Bréfritari: Klemens Jónsson
Viðtakandi: Jón Borgfirðings Jónsson
Dagsetning: A-1859-07-17
Skrifað á: Hálsi  S-Þing.

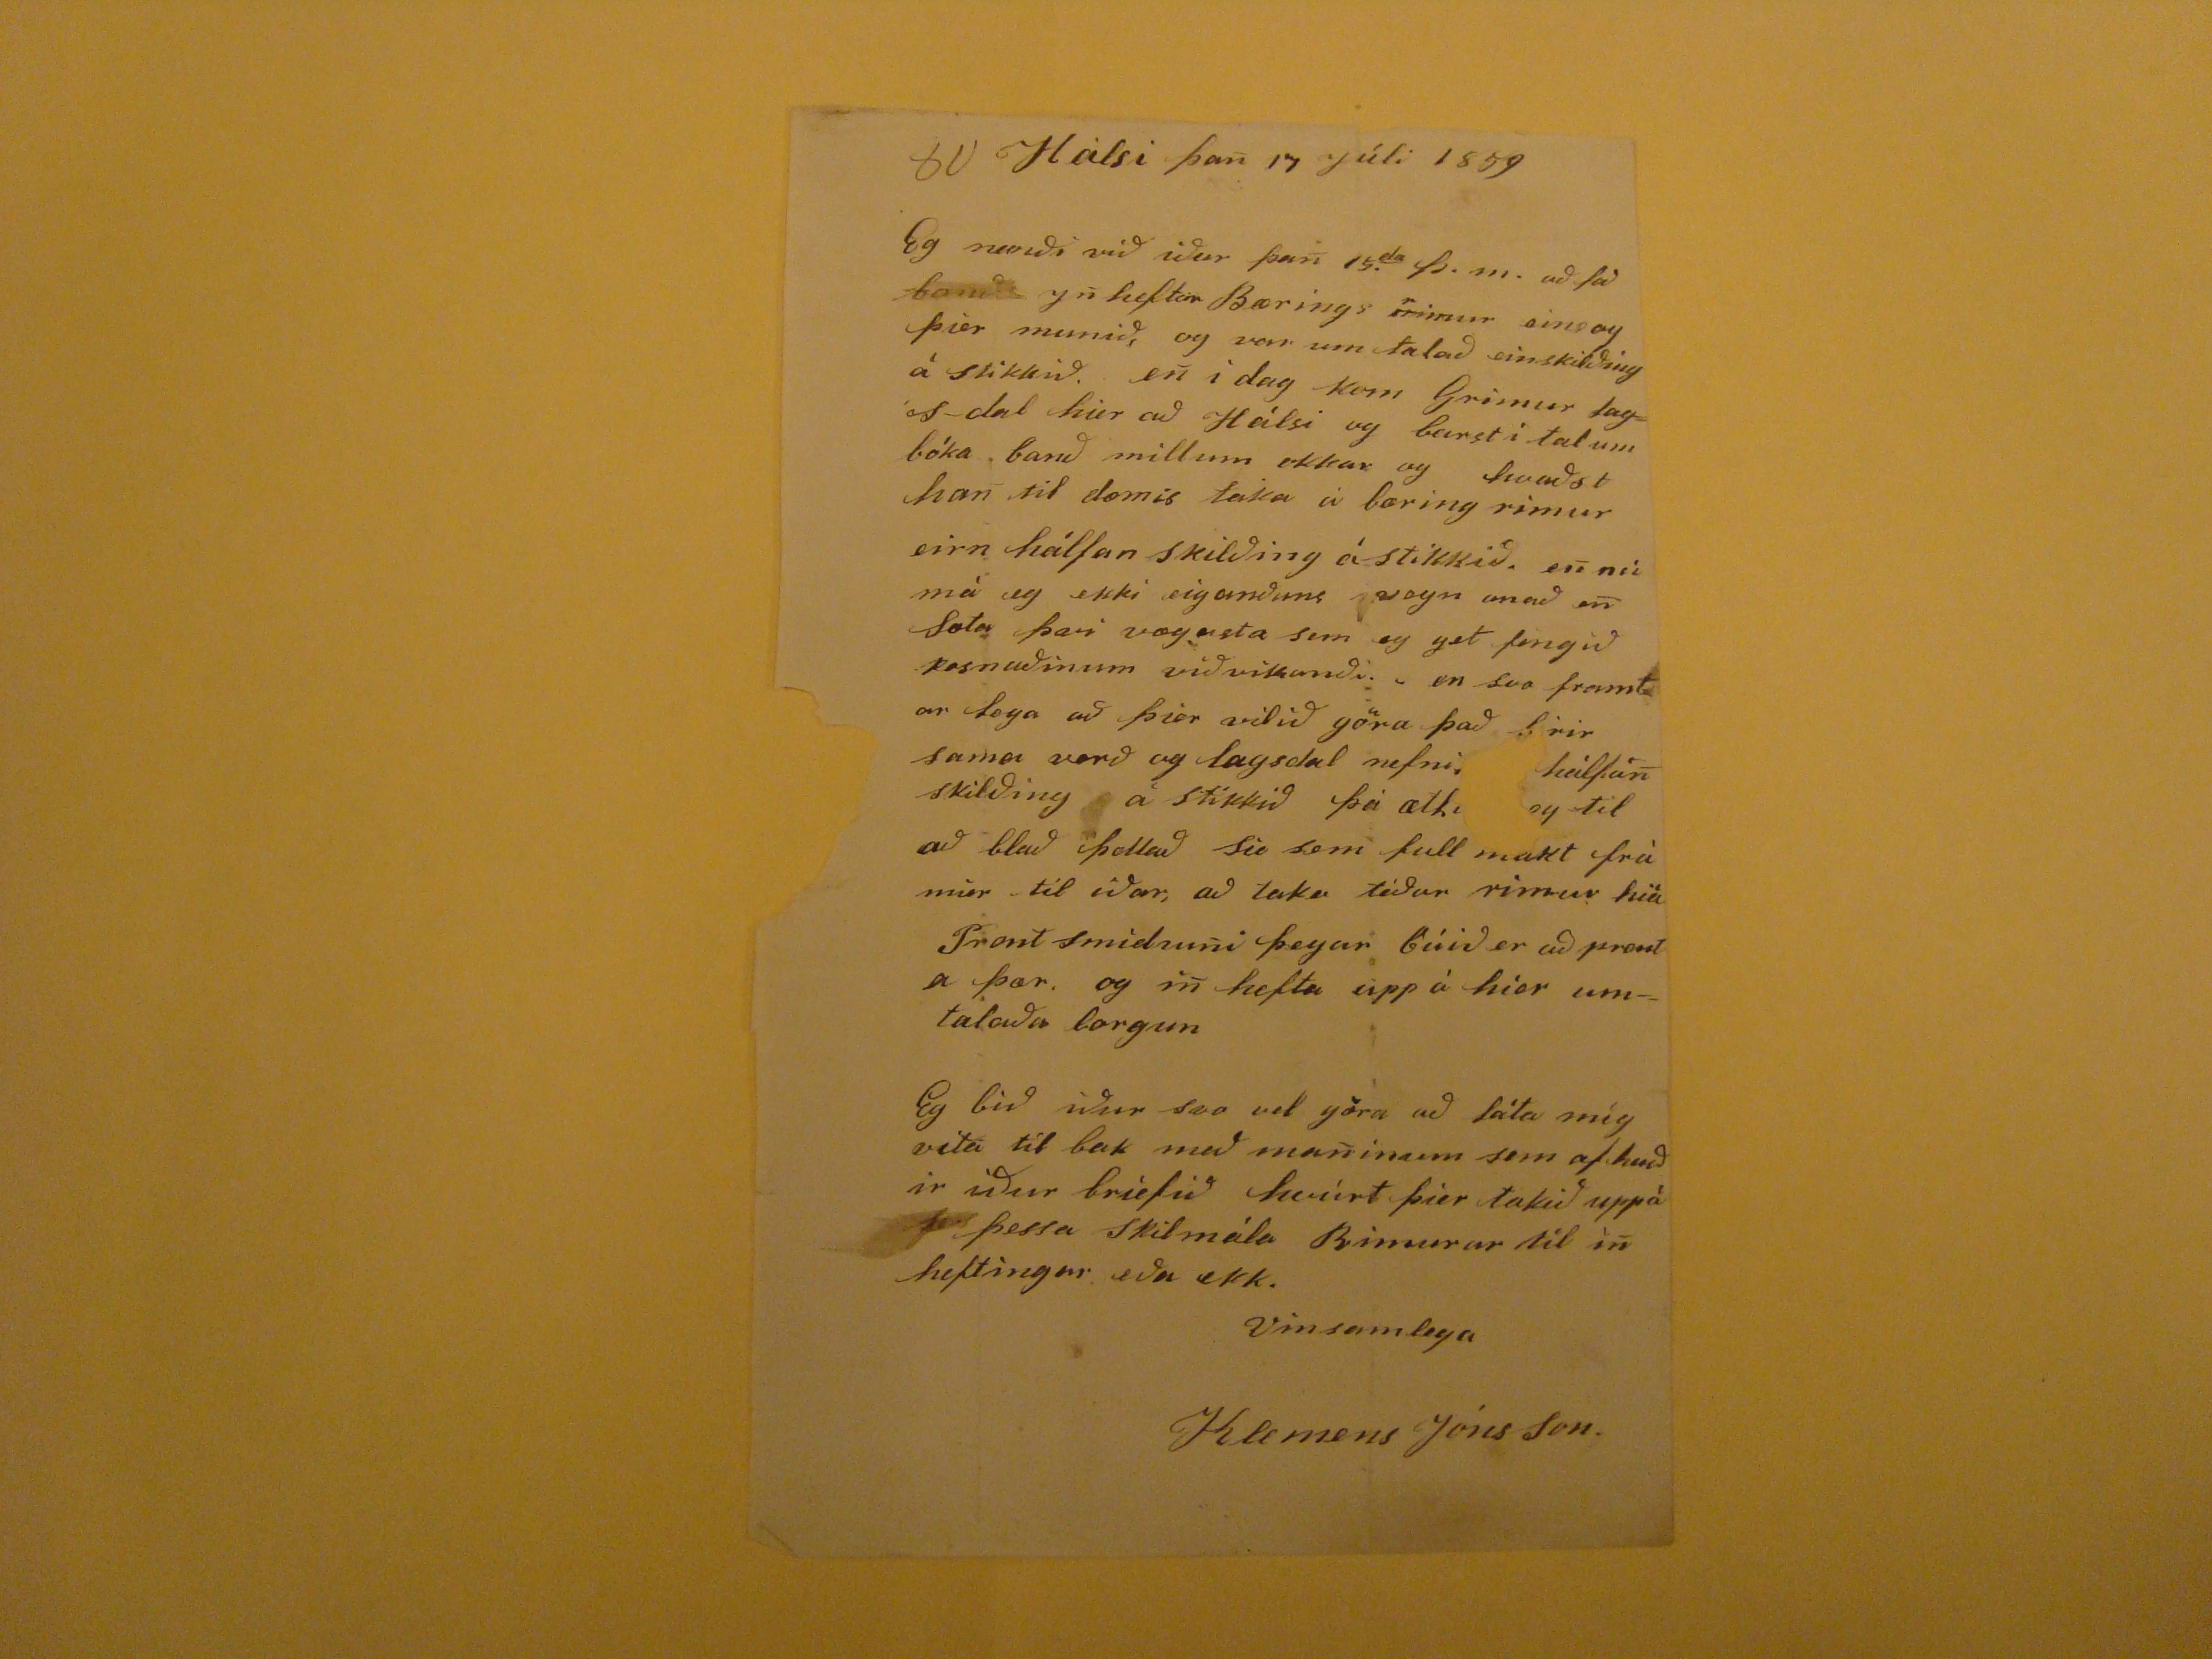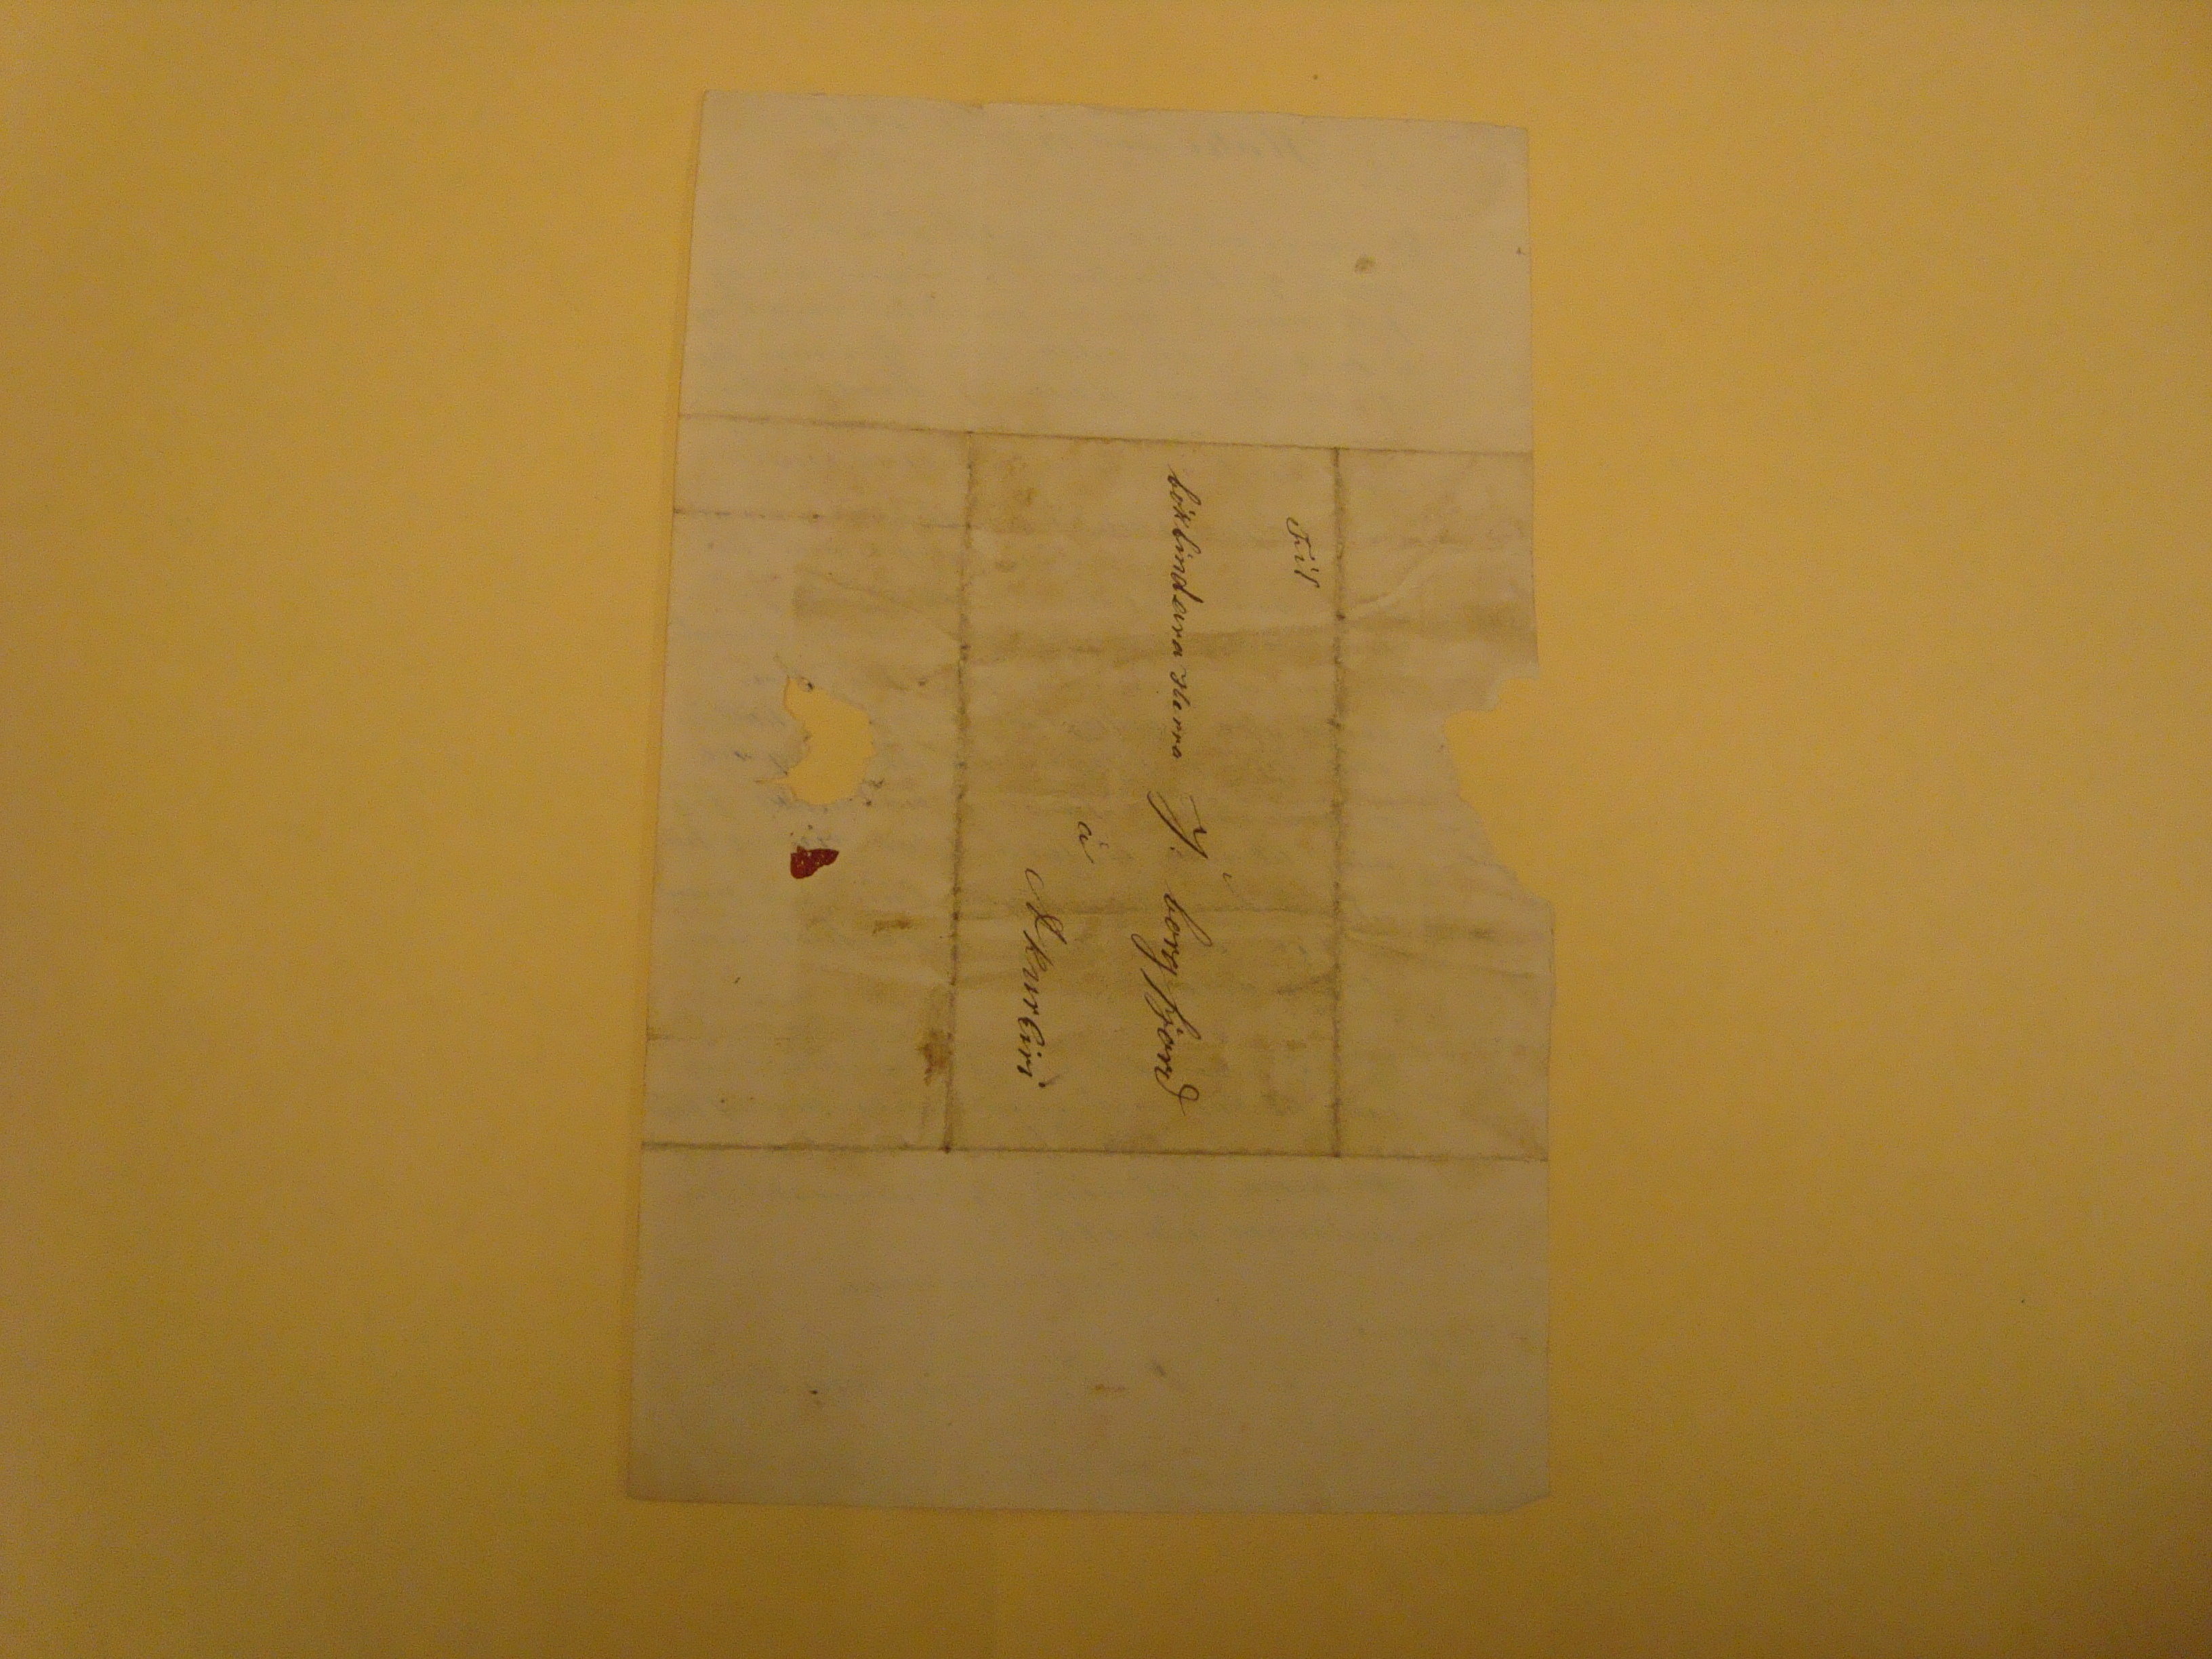

Hálsi þan 17 Júli 1859
Eg munði við iður þan 15.
da
þ.m. að
það
banið
Un heftrin
Bærings rimur einsog þier munið, og var um talað einskilðing á stikkið, en i dag kom Grimur
lagis dal
hier að Hálsi og bars i tal um bóka banð millum okkar og hvaðst han til dæmis taka á bæring rimur eirn hálfan skilðing á stikið en nú má eg ekki eiganðuns
vagn
anað en sæta þvi vægasta sem eg get fengið kosnaðinum viðvikanði. en svo framtar logn að þier vilið göra það firir sama verð og lagsdal nefni
???
hálfan skilðing á stikkið þá
ætl??og
til að blað þettað sie sem full makt frá mier til iðar, að taka téðar rimur hiá Prent smidiuni þegar búið er að prenta þær og in hefta upp á hier umtalða borgun Eg bið iður svo vel göra að láta mig vita til bak með maninum sem afhenðir iður briefið hvúrt þier takið uppá
fe
þessa skilmála Rimurar til in heftingar eða ekk.
Vinsamlega
Klemens Jónsson
Til
bókbindara Herra J. borgfjorð
á
AkurEiri